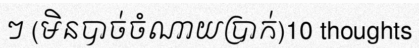
ៗ (មិនបាច់ចំណាយប្រាក់)10 thoughts